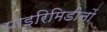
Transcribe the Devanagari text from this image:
पाइरिमिडीनों